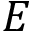
E